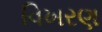
વિખરણ